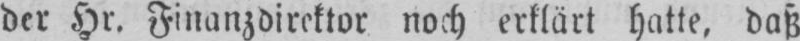
der Hr. Finanzdirektor noch erklärt hatte, daß